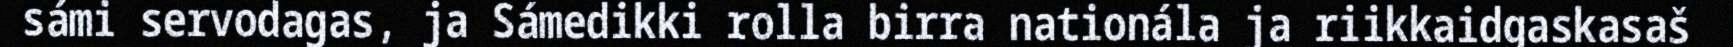
sámi servodagas, ja Sámedikki rolla birra nationála ja riikkaidgaskasaš